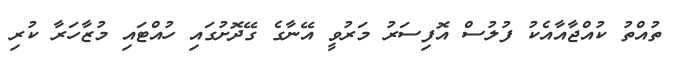
ތުއްތު ކުއްޖާއާއެކު ފުލުސް އޮފިސަރު މަރުވީ އޭނާގެ ގޭދޮށުގައި ހުއްޓައި މުޒާހަރާ ކުރި